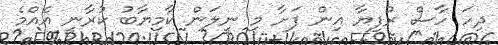
ދިހަ ހާސް ރުފިޔާ އިން ފަށާ މި ނީލަން ކާމިޔާބު ކުރާނީ އެއްމެ